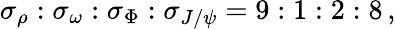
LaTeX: \sigma_{\rho}:\sigma_{\omega}:\sigma_{\Phi}:\sigma_{J/\psi}=9:1:2:8\, ,